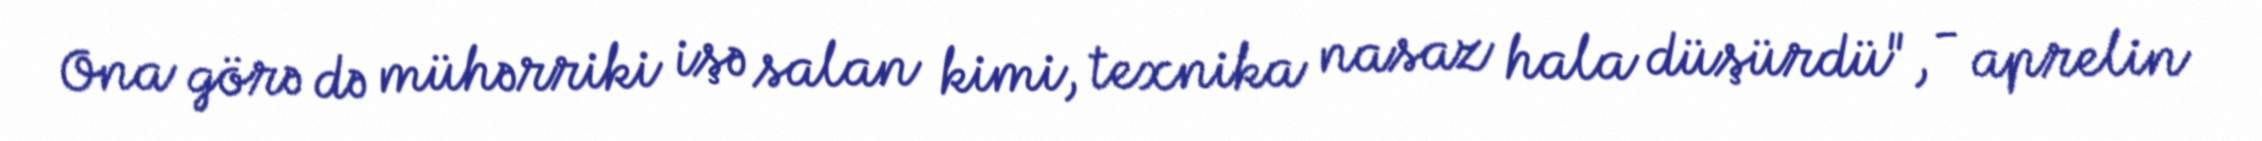
Ona görə də mühərriki işə salan kimi, texnika nasaz hala düşürdü", - aprelin